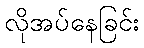
လိုအပ်နေခြင်း